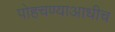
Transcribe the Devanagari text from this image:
पोहचण्याआधीच